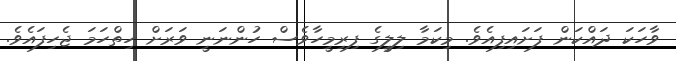
ވާހަކަ ދައްކަން ފަށައިފިއެވެ. މިކަމާ ލިލީގެ ފިރިމީހާވެސް ހުންނަނީ ވަރަށް ހިތްހަމަ ޖެހިފައެވެ.